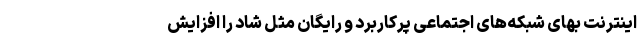
اینترنت بهای شبکه‌های اجتماعی پرکاربرد و رایگان مثل شاد را افزایش